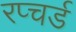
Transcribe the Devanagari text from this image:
रप्चर्ड